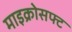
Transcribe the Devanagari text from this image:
माइक्रोसफ्ट